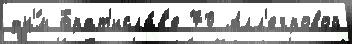
дн'́м Брат'исла́в'е 70 Алл'егровой